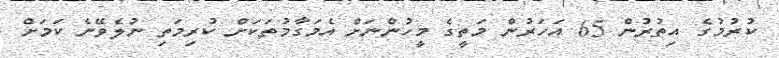
ކުރުމުގެ އިތުރުން 65 އަހަރުން މަތީގެ މީހުންނަށް އެމަގާމުތަކަށް ކުރިމަތި ނުލެވޭނެ ކަމަށް